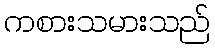
ကစားသမားသည်